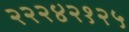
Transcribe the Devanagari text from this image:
२२२४२१२५